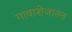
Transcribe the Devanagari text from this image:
गावाशेजारुन